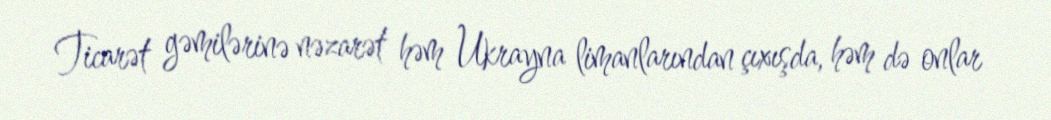
Ticarət gəmilərinə nəzarət həm Ukrayna limanlarından çıxışda, həm də onlar